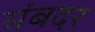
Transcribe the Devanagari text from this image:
संबदर